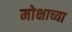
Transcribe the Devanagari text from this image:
मोक्षाच्या